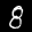
Label: 8